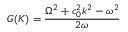
G ( K ) = \frac { \Omega ^ { 2 } + c _ { 0 } ^ { 2 } k ^ { 2 } - \omega ^ { 2 } } { 2 \omega }